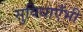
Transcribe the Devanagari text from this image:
सुविधाएँभी